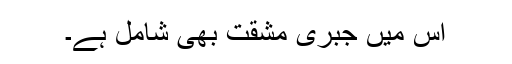
اس میں جبری مشقت بھی شامل ہے۔